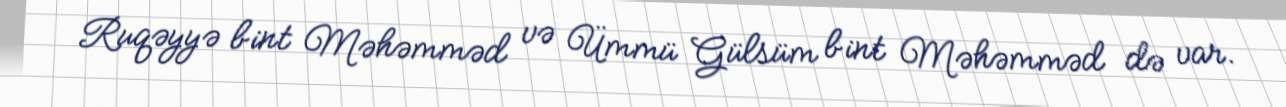
Ruqəyyə bint Məhəmməd və Ümmü Gülsüm bint Məhəmməd də var.